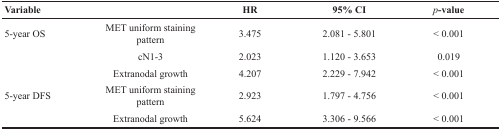
| Variable |  | HR | 95% CI | p-value |
 | --- | --- | --- | --- | --- |
 | 5-year OS | MET uniform staining pattern | 3.475 | 2.081 - 5.801 | < 0.001 |
 |  | cN1-3 | 2.023 | 1.120 - 3.653 | 0.019 |
 |  | Extranodal growth | 4.207 | 2.229 - 7.942 | < 0.001 |
 | 5-year DFS | MET uniform staining pattern | 2.923 | 1.797 - 4.756 | < 0.001 |
 |  | Extranodal growth | 5.624 | 3.306 - 9.566 | < 0.001 |